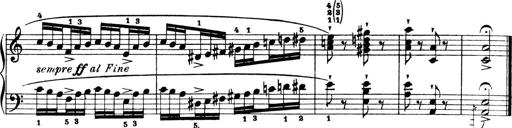
Title: 4 Sonatines
Composer: Max Reger